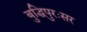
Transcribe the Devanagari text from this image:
बुद्धिपुरःसर